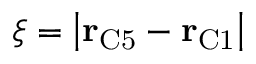
\xi = \left| \mathbf { r } _ { \mathrm { C 5 } } - \mathbf { r } _ { \mathrm { C 1 } } \right|